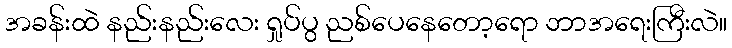
အခန်းထဲ နည်းနည်းလေး ရှုပ်ပွ ညစ်ပေနေတော့ရော ဘာအရေးကြီးလဲ။